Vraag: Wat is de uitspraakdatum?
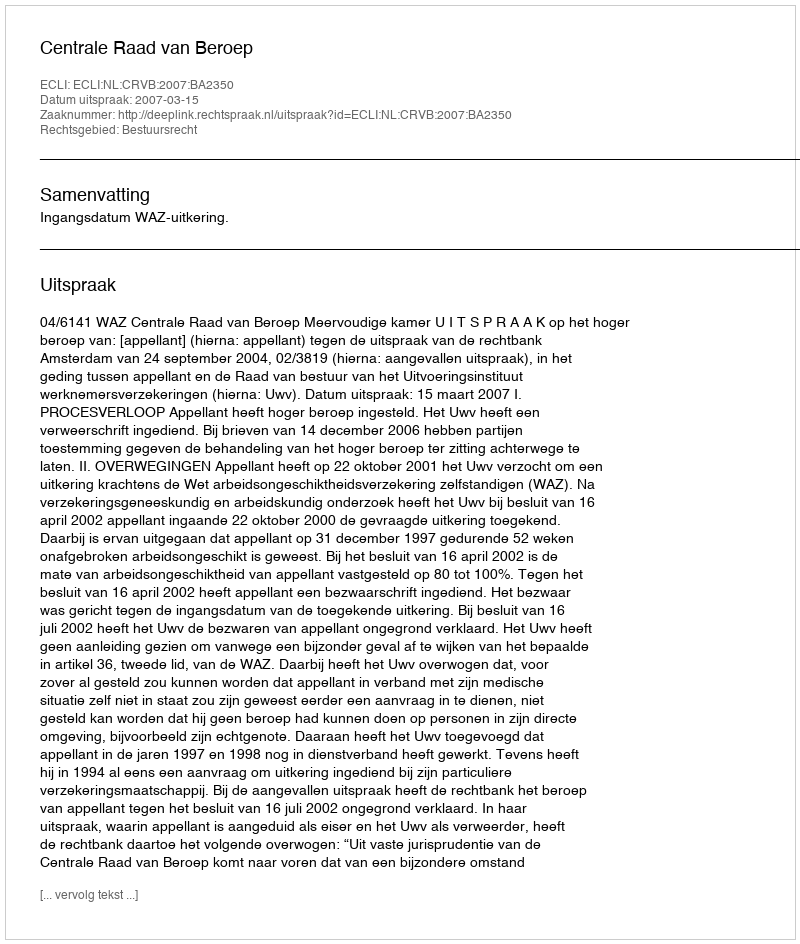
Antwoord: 2007-03-15